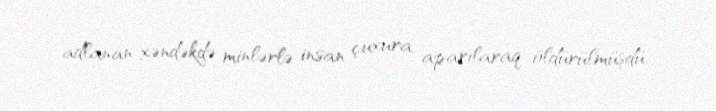
adlanan xəndəkdə minlərlə insan çuxura aparılaraq öldürülmüşdü.